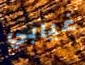
غيابي